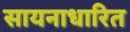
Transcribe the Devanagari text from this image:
सायनाधारित